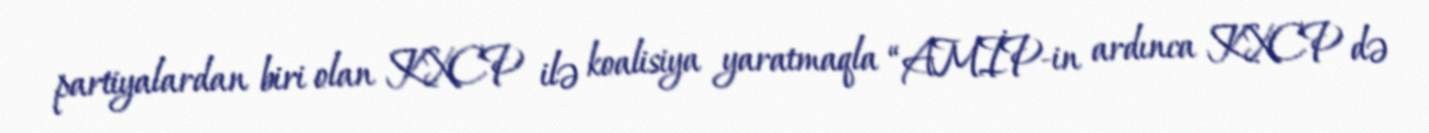
partiyalardan biri olan KXCP ilə koalisiya yaratmaqla “AMİP-in ardınca KXCP də